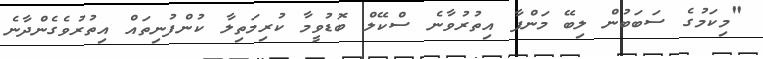
"މިކަމުގެ ސަބަބުން ލިބޭ މަންފާ އިތުރުވާނެ ސްކޭލް ބޮޑުވީމާ ކުރިމަތިލާ ކުންފުނިތައް އިތުރުވެގެންދާނެ